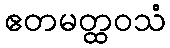
ဧတမတ္ထဝသံ